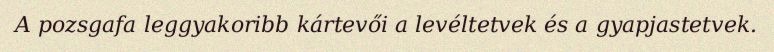
A pozsgafa leggyakoribb kártevői a levéltetvek és a gyapjastetvek.